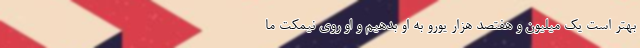
بهتر است یک میلیون و هفتصد هزار یورو به او بدهیم و او روی نیمکت ما